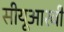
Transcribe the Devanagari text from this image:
सीयूआरबी